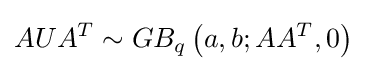
AUA^{T}\sim GB_{q}\left(a,b;AA^{T},0\right)